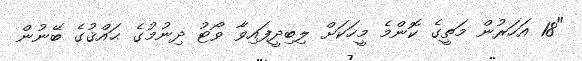
"18 އަހަރުން މަތީގެ ކޮންމެ މީހަކަށް ލިބިދީފައިވާ ވޯޓު ދިނުމުގެ ޙައްޤުގެ ބޭނުން